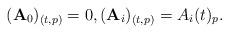
LaTeX: \begin{gather*}(\mathbf{A}_{0})_{(t,p)}=0,(\mathbf{A}_{i})_{(t,p)} =A_{i}(t)_{p}.\end{gather*}